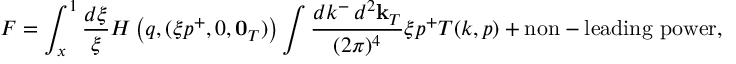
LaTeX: F = \int _ { x } ^ { 1 } \frac { d \xi } { \xi } H \left( q , ( \xi p ^ { + } , 0 , { \bf 0 } _ { T } ) \right) \int \frac { d k ^ { - } \, d ^ { 2 } { \bf k } _ { T } } { ( 2 \pi ) ^ { 4 } } \xi p ^ { + } T ( k , p ) + \mathrm { n o n - l e a d i n g ~ p o w e r } ,